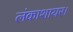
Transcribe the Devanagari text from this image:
लंकाशायर।